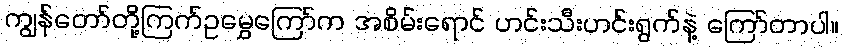
ကျွန်တော်တို့ကြက်ဥမွှေကြော်က အစိမ်းရောင် ဟင်းသီးဟင်းရွက်နဲ့ ကြော်တာပါ။